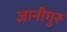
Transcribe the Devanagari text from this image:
ज्ञानीगुरु